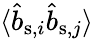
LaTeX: \langle\hat{b}_{\mathrm{s},i}\hat{b}_{\mathrm{s},j}\rangle